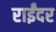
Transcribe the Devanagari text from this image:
राईंदर